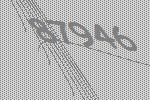
87946